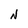
Character: N